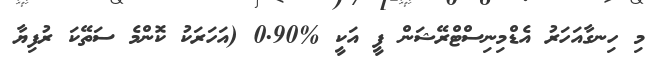
މި ހިނގާއަހަރު އެޑްމިނިސްޓްރޭޝަން ފީ އަކީ %0.90 (އަހަރަކު ކޮންމެ ސަތޭކަ ރުފިޔާ